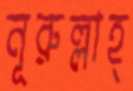
নূরুল্লাহ্